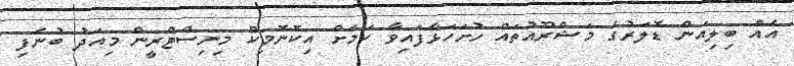
އެއް ބިލިއަން ޑޮލަރުގެ މަޝްރޫއުތައް ހުށަހަޅާފައިވާ ކަމަށް އިކޮނޮމިކް މިނިސްޓްރީން މިއަދު ބުނެފި